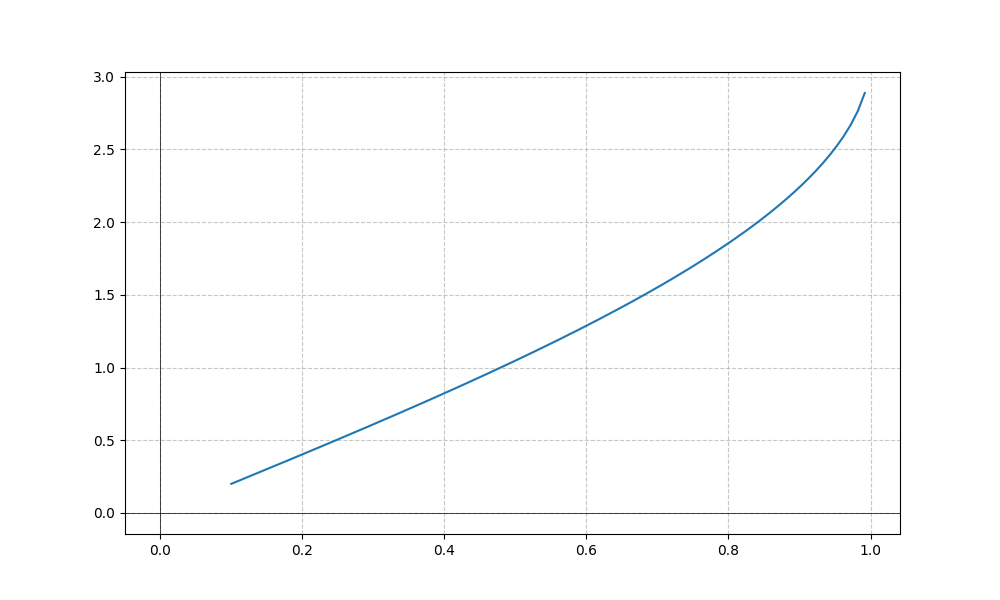
LaTeX formula: 2 \operatorname{asin}{\left(x \right)}